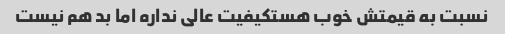
نسبت به قیمتش خوب هستکیفیت عالی نداره اما بد هم نیست